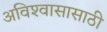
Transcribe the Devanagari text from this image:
अविश्‍वासासाठी